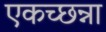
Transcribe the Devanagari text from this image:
एकच्छन्ना